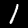
Digit: 1